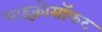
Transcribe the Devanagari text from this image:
माइक्रोसॉफट